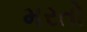
મરતો